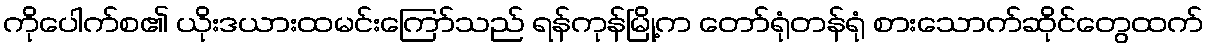
ကိုပေါက်စ၏ ယိုးဒယားထမင်းကြော်သည် ရန်ကုန်မြို့က တော်ရုံတန်ရုံ စားသောက်ဆိုင်တွေထက်